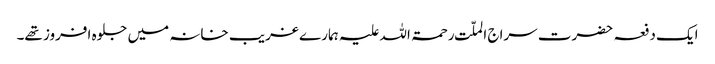
ایک دفعہ حضرت سراج الملّت رحمۃ اللہ علیہ ہمارے غریب خانہ میں جلوہ افروز تھے۔